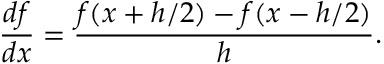
\frac { d f } { d x } = \frac { f ( x + h / 2 ) - f ( x - h / 2 ) } { h } .